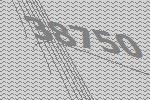
38750